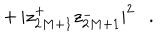
LaTeX: + \, | z _ { 2 M + 1 } ^ { + } z _ { 2 M + 1 } ^ { - } | ^ { 2 } \ \ \ .